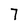
Character: 7